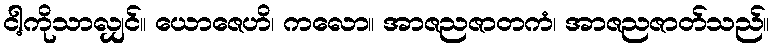
ငါ့ကိုသာလျှင်။ ယောဇေဟိ၊ ကလော။ အာဇညဇာတကံ၊ အာဇညဇာတ်သည်။